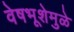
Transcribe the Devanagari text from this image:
वेषभूशेमुळे